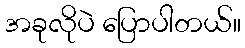
အခုလိုပဲ ပြောပါတယ်။